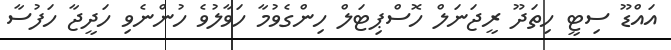
އައްޑޫ ސިޓީ ހިތަދޫ ރީޖަނަލް ހޮސްޕިޓަލް ހިންގެވުމާ ހަވާލުވެ ހުންނެވި ހަދީޖާ ހަފުސާ